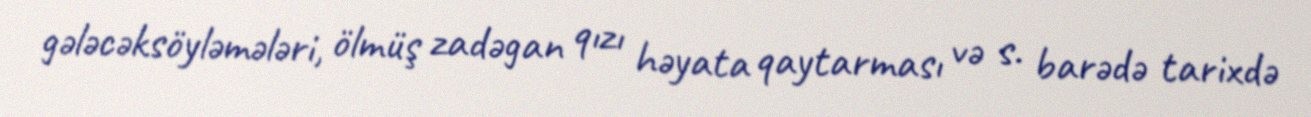
gələcəksöyləmələri, ölmüş zadəgan qızı həyata qaytarması və s. barədə tarixdə